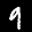
Label: 9